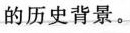
的历史背景。